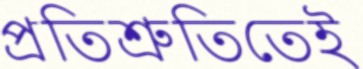
প্রতিশ্রুতিতেই